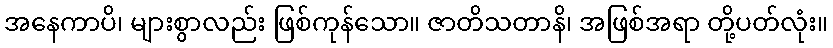
အနေကာပိ၊ များစွာလည်း ဖြစ်ကုန်သော။ ဇာတိသတာနိ၊ အဖြစ်အရာ တို့ပတ်လုံး။